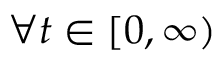
\forall t \in [ 0 , \infty )